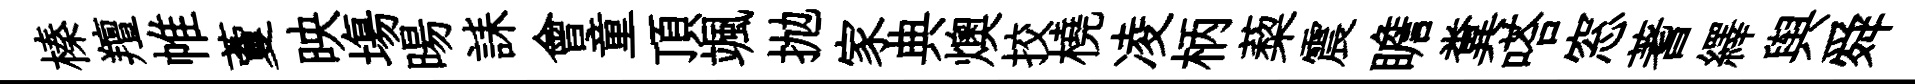
榛羶帷藑映塲暘誄會童頂颯抛家典燠挍橈凌柄蔾震瞻糞嗒窓蓍繹舆舜